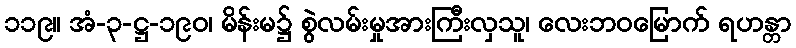
၁၁၉။ အံ-၃-ဋ္ဌ-၁၉၀၊ မိန်းမ၌ စွဲလမ်းမှုအားကြီးလှသူ၊ လေးဘဝမြောက် ရဟန္တာ